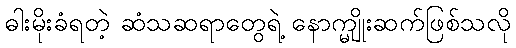
ဓါးမိုးခံရတဲ့ ဆံသဆရာတွေရဲ့ နောက္မျိုးဆက်ဖြစ်သလို